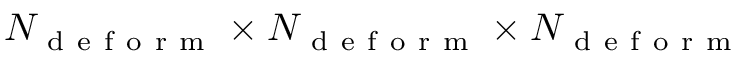
N _ { \mathrm { ~ d ~ e ~ f ~ o ~ r ~ m ~ } } \times N _ { \mathrm { ~ d ~ e ~ f ~ o ~ r ~ m ~ } } \times N _ { \mathrm { ~ d ~ e ~ f ~ o ~ r ~ m ~ } }